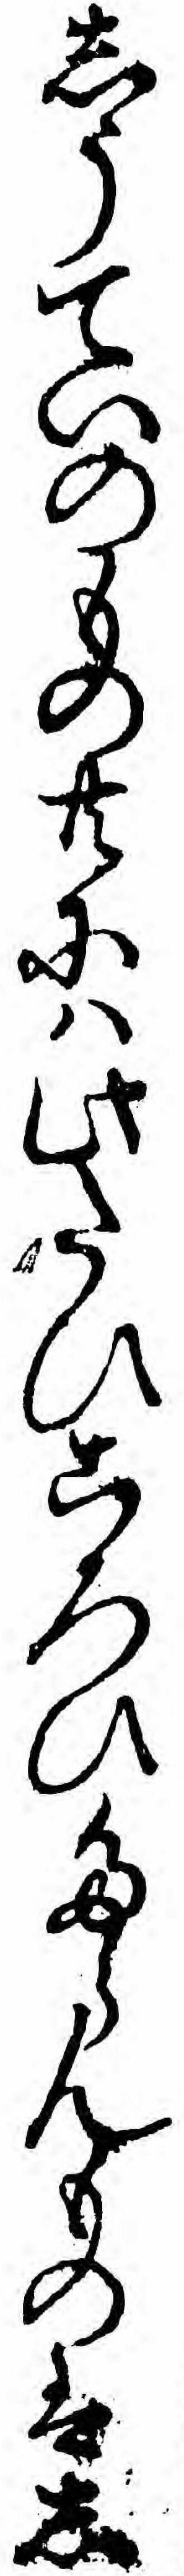
しうていのもの共にハ此たひころひたらんものはし